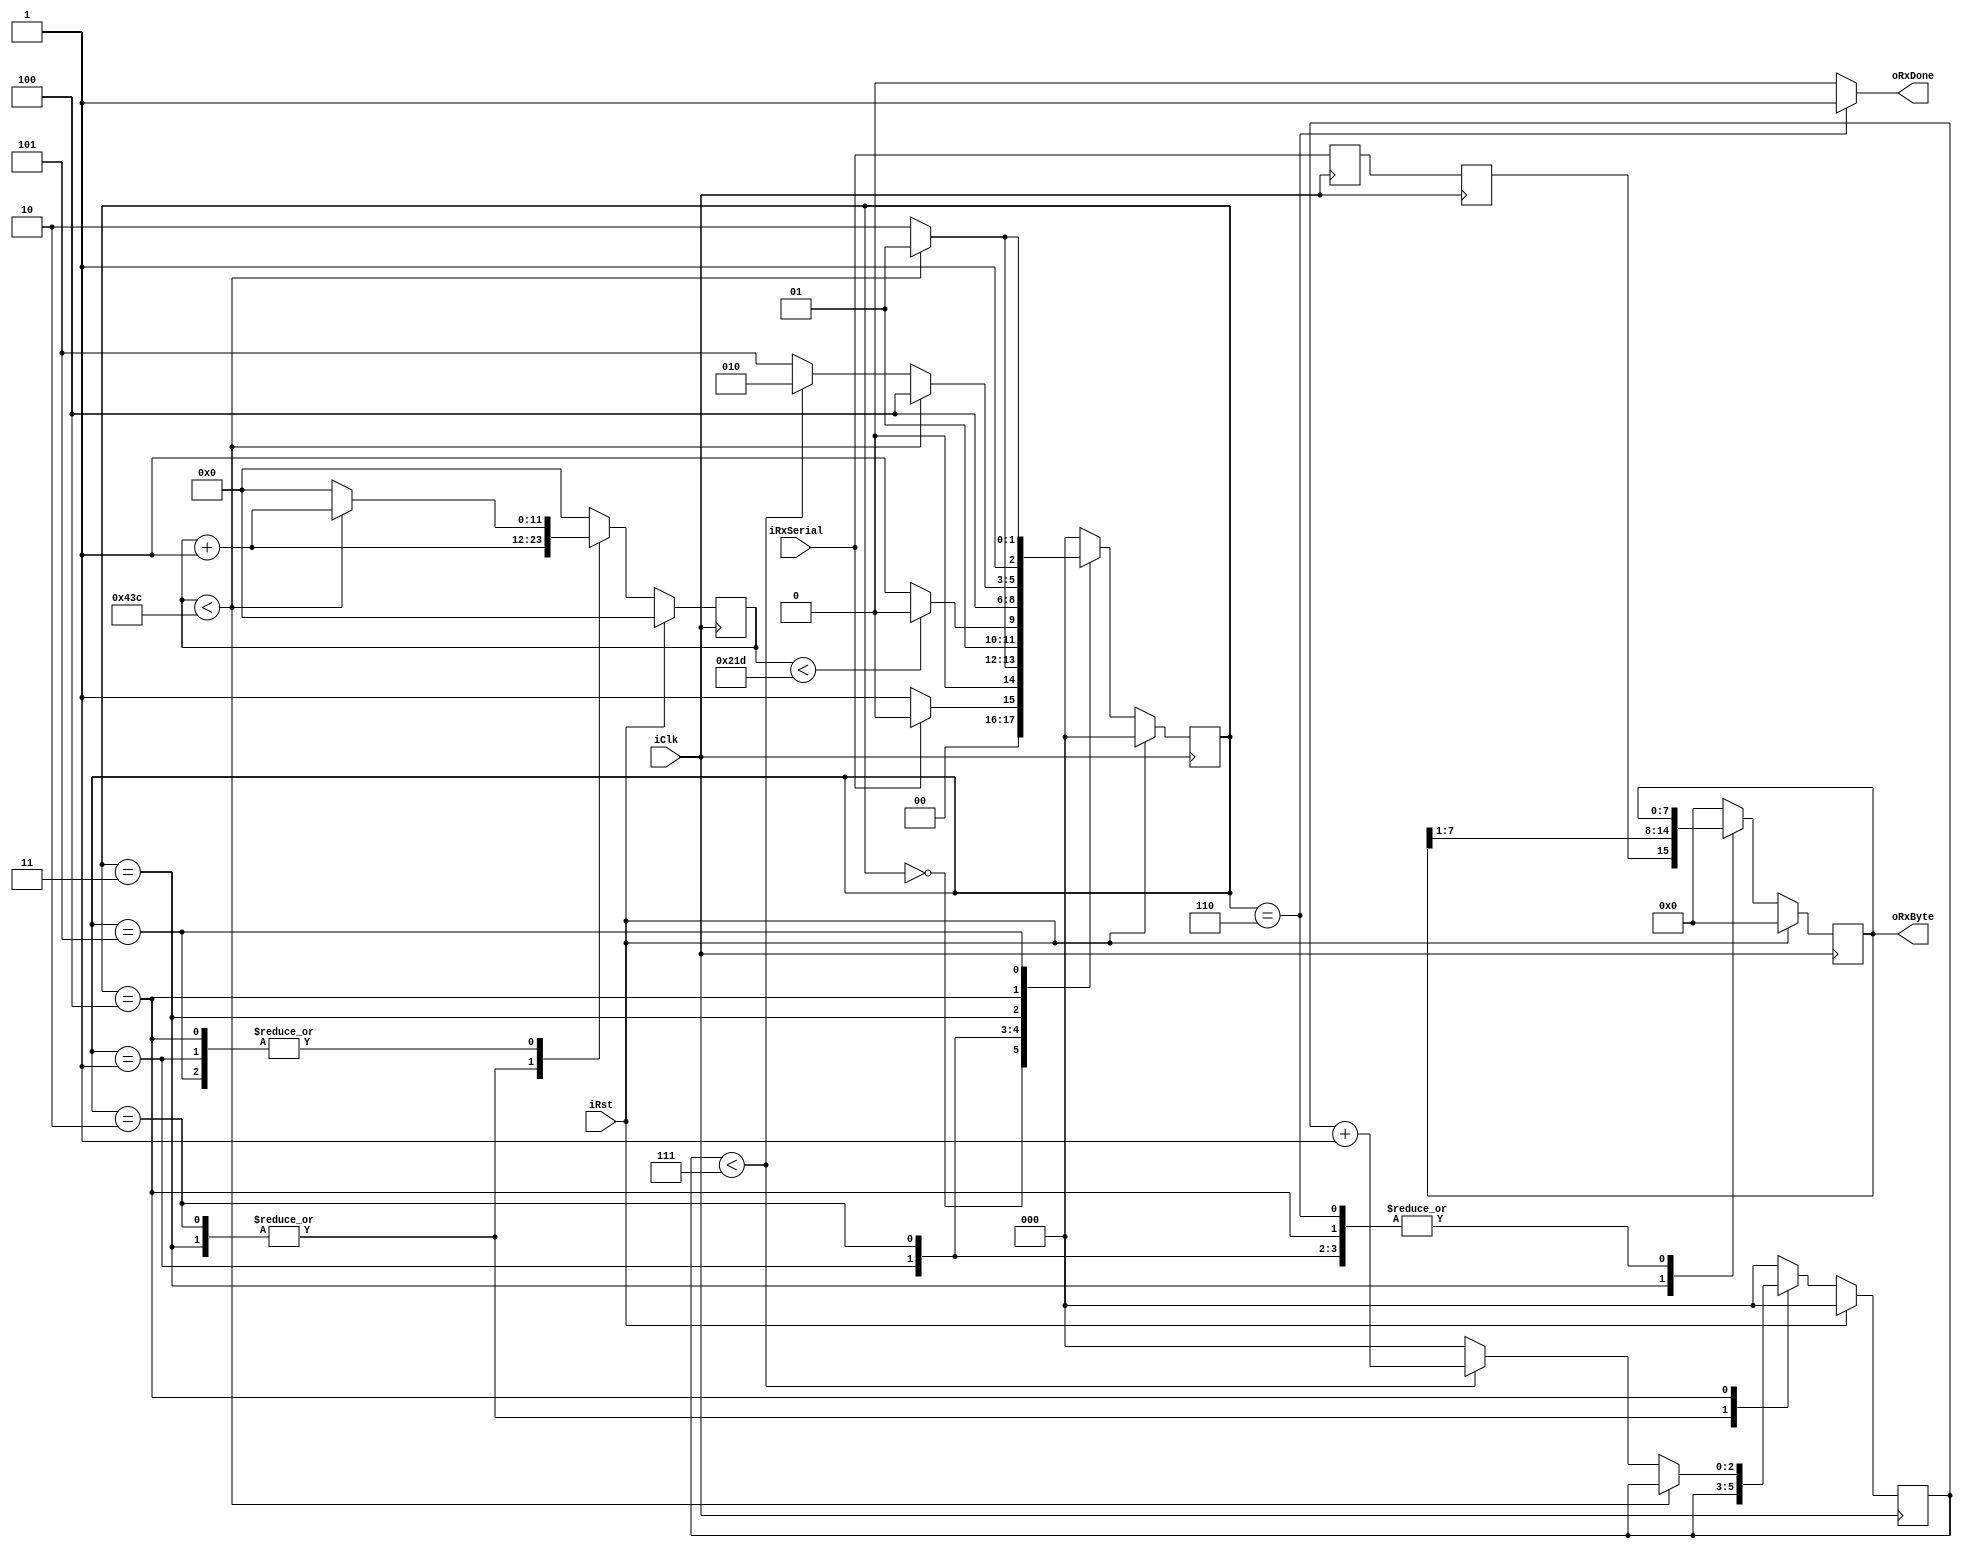
`timescale 1ns / 1ps

//////////////////////////////////////////////////////////////////////////////////


module uart_rx #(
  parameter   CLK_FREQ      = 125_000_000,
  parameter   BAUD_RATE     = 115_200,
  // Example: 125 MHz Clock / 115200 baud UART -> CLKS_PER_BIT = 1085 
  parameter   CLKS_PER_BIT  = CLK_FREQ / BAUD_RATE
)
(
  input wire        iClk, iRst,
  input wire        iRxSerial,
  output wire [7:0] oRxByte, 
  output wire       oRxDone
 );
 
 //0. State definition  
  localparam sIDLE             = 3'b000;
  localparam sRX_START         = 3'b001;
  localparam sRX_DATA          = 3'b010;
  localparam sRX_SAMPLE        = 3'b011;
  localparam sRX_DATA_COMPLETE = 3'b100;
  localparam sRX_STOP          = 3'b101;
  localparam sRX_DONE          = 3'b110;
  
  // Register variables required to drive the FSM
  //---------------------------------------------
  // Remember:  -> 'current' is the register output
  //            -> 'next' is the register input
  
  // -> FSM state
  reg [2:0] rFSM_Current, wFSM_Next; 
  
  // -> counter to keep track of the clock cycles
  reg [$clog2(CLKS_PER_BIT):0]   rCnt_Current, wCnt_Next;
    
  // -> counter to keep track of receieved bits
  // (between 0 and 7)
  reg [2:0] rBit_Current, wBit_Next;
  
  // -> the byte we want to receive (we keep building a copy of it)
  // It is like parallelizing serial data coming in
  //First the data, would go into the next register, then from there the rRxData_Current
  reg [7:0] rRxData_Current, wRxData_Next;  
  
  // Double-register the input wire to prevent metastability issues
  reg rRx1, rRx2;
  
  always @(posedge iClk)
    begin
      rRx1 <= iRxSerial;
      rRx2 <= rRx1;
    end

  
  //1. State register with sync reset
  
  always @(posedge iClk)
    begin
      if(iRst == 1)
      begin
          rFSM_Current <= sIDLE;
          rCnt_Current <= 0;
          rBit_Current <= 0;
          rRxData_Current <= 0;
      end
      
      else
      begin
          rFSM_Current <= wFSM_Next;
          rCnt_Current <= wCnt_Next;
          rBit_Current <= wBit_Next;
          rRxData_Current <= wRxData_Next;
      
      end
      
    
    
    end
 
 //2. Next state logic
 
 always @(*)
    begin
    
        case(rFSM_Current)
        // IDLE STATE:
        // -> we simply wait here until there is a 0 at iRxSerial (falling edge)
        // -> when iTxStart is asserted, we copy the byte to send
        //    (iTxByte) into our local register (rTxData_Current)  
        //    and we are ready to start the frame transmission  
        
            sIDLE: 
                begin
                wCnt_Next = 0;
                wBit_Next = 0;
                wRxData_Next = 0; 
                if(iRxSerial == 0)
                    wFSM_Next = sRX_START;
                else
                    wFSM_Next = sIDLE;
                end
            
            sRX_START:
                begin
                    wBit_Next = 0;
                    wRxData_Next = rRxData_Current;
                    if(rCnt_Current < (CLKS_PER_BIT - 1) ) begin
                        wFSM_Next = sRX_START;
                        wCnt_Next = rCnt_Current + 1;
                    end else begin
                    //we have waited CLKS_PER_BIT cycles to for the start bit
                        wFSM_Next = sRX_DATA;
                        wCnt_Next = 0;
                    end

                end
            //sRX_DATA. We stay in this state to recieve the entire byte. For the first sample, we sample
            // after CLKS_PER_BIT/2 cycles and then for the next 7 samples after CLKS_PER_BIT cycles as we
            // will be in the middle of the sample already
            
            
            ///////////
            
            sRX_DATA:
                begin
                    if(rCnt_Current < (((CLKS_PER_BIT-1)/2) - 1))
                        begin
                        wFSM_Next = sRX_DATA;
                        wCnt_Next = rCnt_Current + 1;
                        wBit_Next = rBit_Current;
                        wRxData_Next = rRxData_Current;
                        end
                    //We are in the middle of the data sample
                    else
                        begin
                        wFSM_Next = sRX_SAMPLE;
                        wCnt_Next = rCnt_Current + 1;
                        wBit_Next = rBit_Current;
                        wRxData_Next = rRxData_Current;
                        end
                
                end
                
            sRX_SAMPLE:
                begin
                    wFSM_Next = sRX_DATA_COMPLETE;
                    wCnt_Next = rCnt_Current + 1;
                    wBit_Next = rBit_Current;
                    wRxData_Next = {rRx2, rRxData_Current[7:1]};
                
                end
                
            sRX_DATA_COMPLETE:
                begin
                    if(rCnt_Current < (CLKS_PER_BIT - 1))
                        begin
                        wFSM_Next = sRX_DATA_COMPLETE;
                        wCnt_Next = rCnt_Current + 1;
                        wBit_Next = rBit_Current;
                        wRxData_Next = rRxData_Current;
                        end
                    else
                        begin
                        if(rBit_Current < 7)
                            begin
                            wFSM_Next = sRX_DATA;
                            wCnt_Next = 0;
                            wBit_Next = rBit_Current+1;
                            wRxData_Next = rRxData_Current;
                            end
                        else
                            begin
                            wFSM_Next = sRX_STOP;
                            wCnt_Next = 0;
                            wBit_Next = 0;
                            wRxData_Next = rRxData_Current;
                            end    
                        end
                    
                
                end
            
//            ////////
//            sRX_DATA:
//                begin
//                    //we haven't sampled the first bit
//                    if(rBit_Current == 0)
//                        begin
//                        //If we haven't reached the middle of the bit then keep waiting
//                        if(rCnt_Current < ((CLKS_PER_BIT)/2 - 1))
//                            begin
//                            wFSM_Next = sRX_DATA;
//                            wCnt_Next = rCnt_Current + 1;
//                            wBit_Next = rBit_Current;
//                            wRxData_Next = rRxData_Current;
//                            end
//                        //we have reached the middle of the bit
//                        else
//                            begin
//                            wRxData_Next = {rRx2, rRxData_Current[7:1]};
//                            wFSM_Next = sRX_DATA;
//                            wCnt_Next = 0;
//                            wBit_Next = rBit_Current+1;
//                            end
//                        end
//                    // we have already sampled the first bit -> clock counter is already at 0    
//                    else
//                        begin
//                            //a cycle is not completed -> we are not in the middle of the bit so we keep counting
//                            if(rCnt_Current < (CLKS_PER_BIT - 1))
//                                begin
//                                wFSM_Next = sRX_DATA;
//                                wCnt_Next = rCnt_Current + 1;
//                                wBit_Next = rBit_Current;
//                                wRxData_Next = rRxData_Current;    
//                                end
//                            //we have reached the middle of the bit    
//                            else
//                                begin
//                                wCnt_Next = 0;

//                                //if we haven't already sampled all bits
//                                if(rBit_Current < 7)
//                                    begin
//                                    wFSM_Next = sRX_DATA;
//                                    wBit_Next = rBit_Current + 1;
//                                    wRxData_Next = {rRx2, rRxData_Current[7:1]};
//                                    end
//                                //we have already sampled all of the bits so now we transition into the stop state -> at this point clock counter is at CLKS_PER_BIT/2
//                                else
//                                    begin
//                                    wFSM_Next = sRX_STOP;
//                                    wRxData_Next = {rRx2, rRxData_Current[7:1]};
//                                    wBit_Next = 0;
////                                    wRxData_Next = rRxData_Current;
//                                    end
//                                end
                            
//                        end
                
//                end
                
            sRX_STOP:
                begin
                    wRxData_Next = rRxData_Current;
                    wBit_Next = 0;
                    
                    if (rCnt_Current < (CLKS_PER_BIT - 1))
                        begin
                            wFSM_Next = sRX_STOP;
                            wCnt_Next = rCnt_Current + 1;
                        end
                    else
                        begin
                            wFSM_Next = sRX_DONE;
                            wCnt_Next = 0;
                        end
                    
                end
                
            sRX_DONE:
                begin
                wRxData_Next = rRxData_Current;
                wBit_Next = 0;
                wCnt_Next = 0;
                wFSM_Next = sIDLE;
                end
               
            default:
                begin
                wFSM_Next = sIDLE;
                wCnt_Next = 0;
                wBit_Next = 0;
                wRxData_Next = 0;
                
                end
            
                
            endcase

    
    
    end
    
    //Output logic
    
    assign oRxByte = rRxData_Current;
    assign oRxDone = (rFSM_Current == sRX_DONE) ? 1 : 0;

  
  
  
endmodule